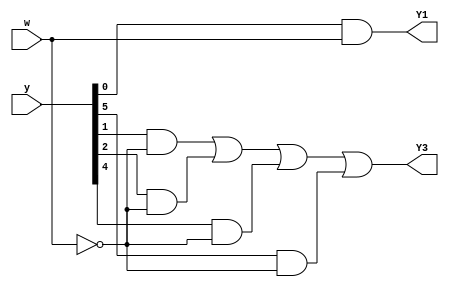
module top_module (
    input [5:0] y,
    input w,
    output Y1,
    output Y3
);
	/*
    parameter A=6'b000001, B=6'b000010, C=6'b000100, D=6'b001000, E=6'b010000, F=6'b100000; //one-hot
    reg [5:0] next_state;
    
    assign next_state = {
        y[3]&w,
        y[2]&w | y[4]&w,
        y[1]&~w | y[2]&~w | y[4]&~w | y[5]&~w,
        y[1]&w | y[5]&w,
        y[0]&w,
        y[0]&~w | y[3]&~w
    };
    assign Y1=next_state[1];
    assign Y3=next_state[3];
    */
    parameter A=3'd0, B=3'd1, C=3'd2, D=3'd3, E=3'd4, F=3'd5; //one-hot
    assign Y1 = y[A] & w;
    assign Y3 = (y[B] & ~w) | (y[C] & ~w) | (y[E] & ~w) | (y[F] & ~w);
    
endmodule